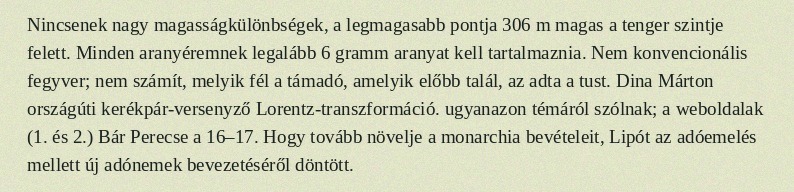
Nincsenek nagy magasságkülönbségek, a legmagasabb pontja 306 m magas a tenger szintje felett. Minden aranyéremnek legalább 6 gramm aranyat kell tartalmaznia. Nem konvencionális fegyver; nem számít, melyik fél a támadó, amelyik előbb talál, az adta a tust. Dina Márton országúti kerékpár-versenyző Lorentz-transzformáció. ugyanazon témáról szólnak; a weboldalak (1. és 2.) Bár Perecse a 16–17. Hogy tovább növelje a monarchia bevételeit, Lipót az adóemelés mellett új adónemek bevezetéséről döntött.